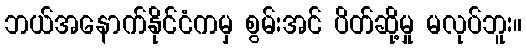
ဘယ်အနောက်နိုင်ငံကမှ စွမ်းအင် ပိတ်ဆို့မှု မလုပ်ဘူး။